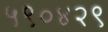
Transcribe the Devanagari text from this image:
५९०४२९